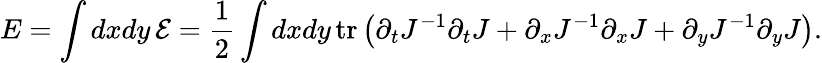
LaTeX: E=\int dxdy\, {\cal E}=\frac{1}{2}\int dxdy\, \mathrm{tr}\left(\partial_{t}J^{-1}\partial_{t}J+\partial_{x}J^{-1}\partial_{x}J+\partial_{y}J^{-1}\partial_{y}J\right).